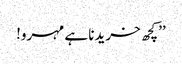
’’کچھ خریدنا ہے مہرو!